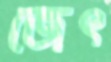
জেৎ